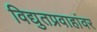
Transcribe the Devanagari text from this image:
विद्युतप्रवाहांवर